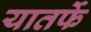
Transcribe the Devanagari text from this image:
यातर्फे